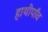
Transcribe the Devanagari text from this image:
हाथीपाँव